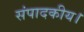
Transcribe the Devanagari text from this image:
संपादकीय।